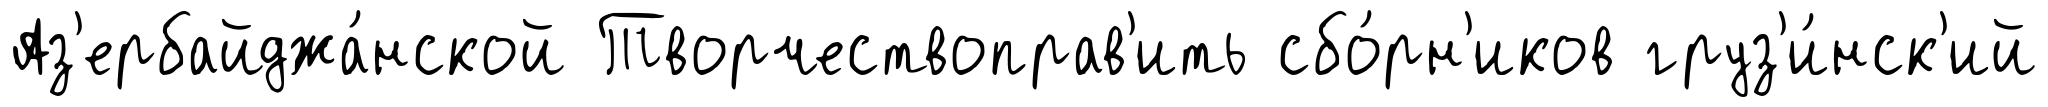
Аз'ербайджа́нской Творчествоправ'ить сбо́рн'иков груз'и́нск'ий